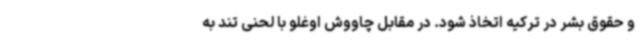
و حقوق بشر در ترکیه اتخاذ شود. در مقابل چاووش اوغلو با لحنی تند به